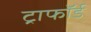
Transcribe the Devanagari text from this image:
ट्राफॉर्ड